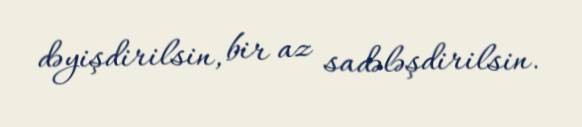
dəyişdirilsin, bir az sadələşdirilsin.